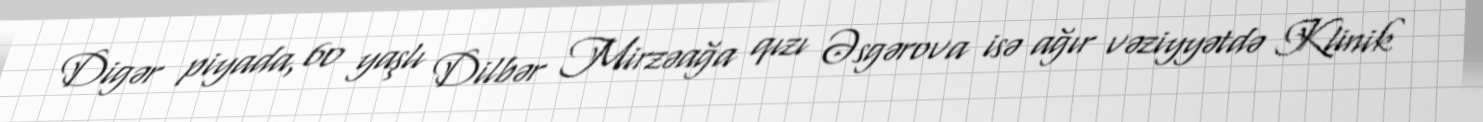
Digər piyada, 60 yaşlı Dilbər Mirzəağa qızı Əsgərova isə ağır vəziyyətdə Klinik